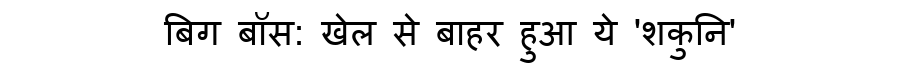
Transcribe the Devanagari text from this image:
बिग बॉस: खेल से बाहर हुआ ये 'शकुनि'